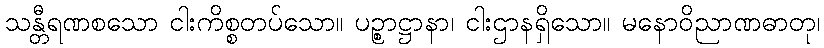
သန္တီရဏစသော ငါးကိစ္စတပ်သော။ ပဉ္စာဋ္ဌာနာ၊ ငါးဌာနရှိသော။ မနောဝိညာဏဓာတု၊